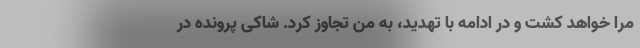
مرا خواهد کشت و در ادامه با تهدید، به من تجاوز کرد. شاکی پرونده در